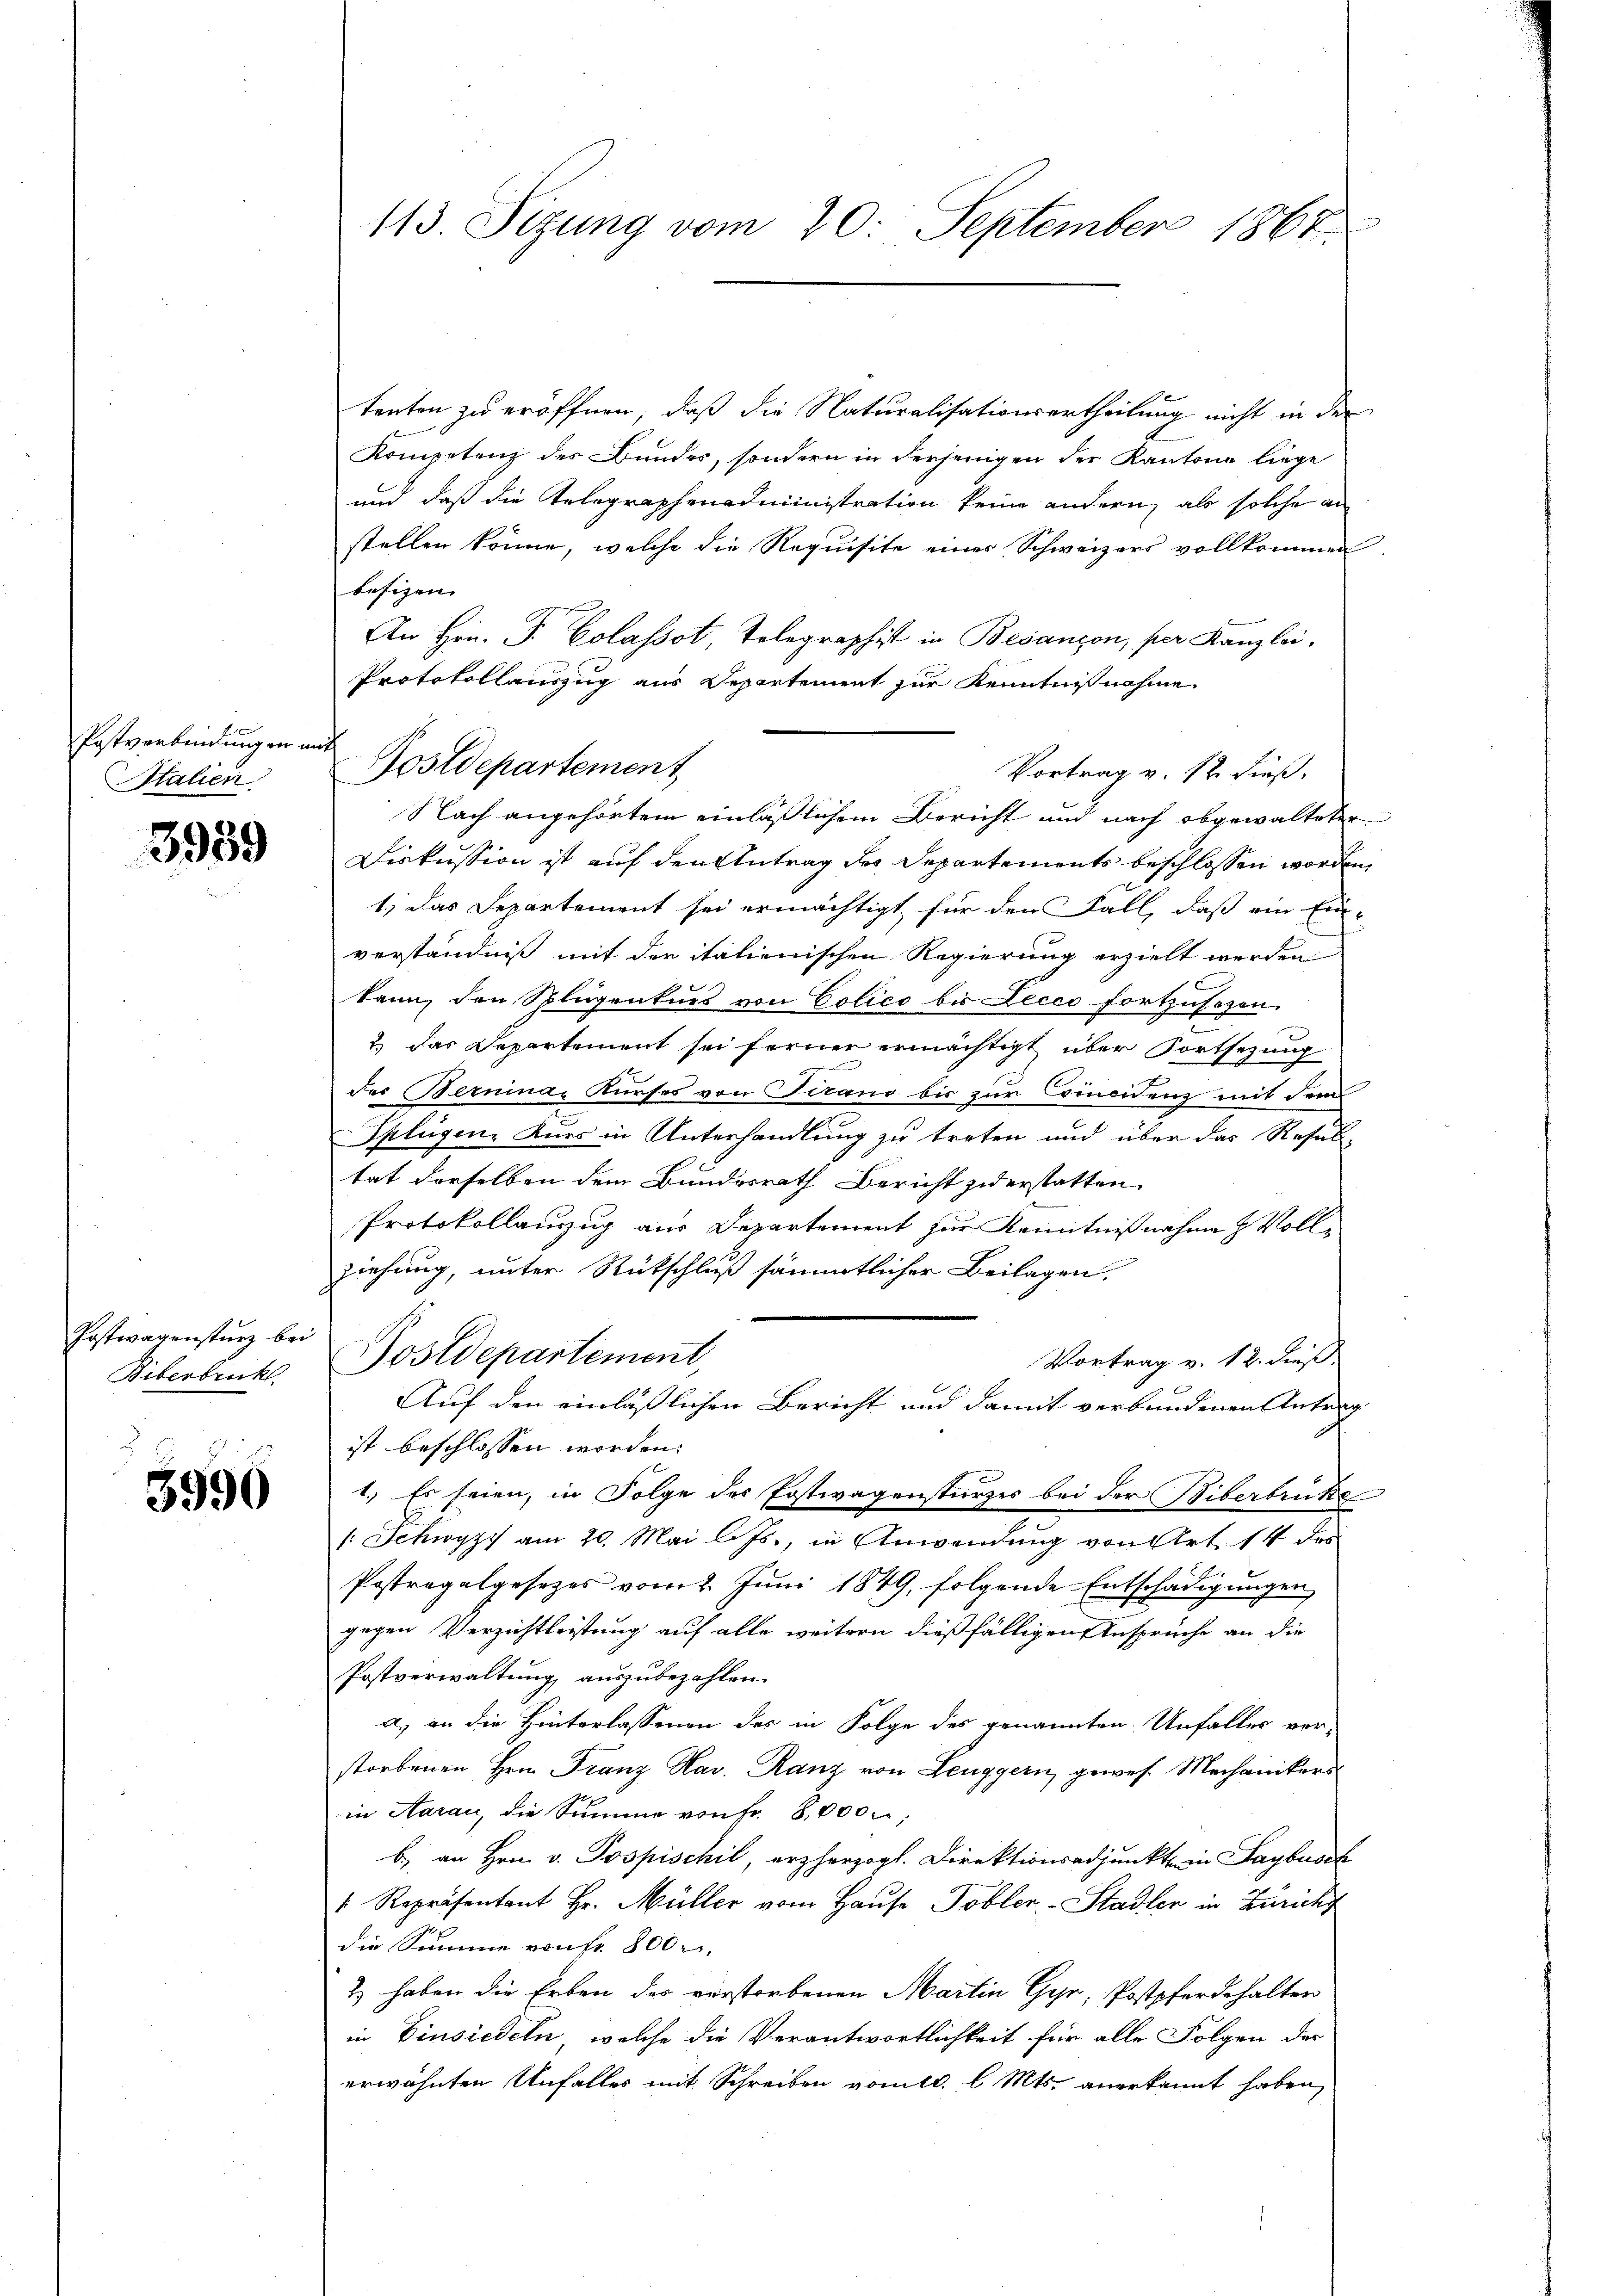
Postverbindungen mit
Stalien

3989

Postwagensturz bei
Biberbruckt.

3990

tenten zu eröffnen, daß die Naturalisationsartheilung nicht in der
Kompetenz des Bundes, sondern in derjenigen der Kantone liege
und daß die Telegraphenadministration keine andern, als solche an
stellen könne, welche die Requisite eines Schweizers vollkommen
besizen. |
An Hrn. F. Classot, Telegraphist in Besançon, per Kanzlei,
Protokollauszug aus Repartement zur Kenntnis nahme
Vortrag v. 12 dieß,
Nach angehörtem einläßlichem Bericht und nach abgewalteter
Diskussion ist auf den Antrag des Departements beschlossen worden,
1.) Das Departement sei ermächtigt für den Fall, daß ein Ein-
verständniß mit der italienischen Regierung erzielt werden
kann, den Splugenturs von Colico bis Lecco fortzusehen.
2) das Departement sei ferner ermächtigt über Fortsezung
der Berninas Kurses von Tirano bis zur Crincidenz mit dem
Splügen, Kurs in Unterhandlung zu treten und über das Resul-
tat derselben dem Bundesrath Bericht zuerstatten.
Protokollanzug aus Departement zur Kenntnißnahme & Vollziehung, unter Rutschluß sämmtlicher Beilagen.
Postdepartement,
Vortrag v. 12. dieß
Auf den einläßlichen Bericht und damit verbundenen Antrag
ist beschlossen worden.
1.) Es seien, in Folge des Postwagenstürzes bei der Biberbrucke
/ Schwyz am 20. Mai l. Js., in Anwendung von Art 14 des
Postregalgesetzes vom 2. Juni 1849, folgende Entschädigungen
gegen Verzichtleistung auf alle weitern dießfälligen Anspruche an die
Postverwaltung auszubezahlen.
a.) an die Hinterlassenen des in Folge des genannten Unfaller vor-
storbenen Hrn. Franz Nav. Ranz von Leuggern, gewes. Mechanikers
in Aarau, die Summe von Fr. 8,000 f:
b.) an Hrn. v. Pospischil, erzherzogl. Direktionsadjunkte in Saybusch
 Repräsentant Hr. Müller vom Hause Tobler-Stadler in Zürich
die Summe von Fr. 800 r.
2) haben die Erben des verstorbenen Martin Gyr, Postpferdehalter
in Einsiedeln, welche die Verantwortlichkeit für alle Folgen des
erwähnten Unfalles mit Schreiben vom 10. l. Mts. anerkannt haben,

113. Sizung vom 20. September 1867.

Postdepartement